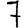
Digit: 7